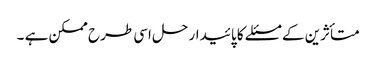
متأثرین کے مسئلے کا پائیدار حل اسی طرح ممکن ہے ۔